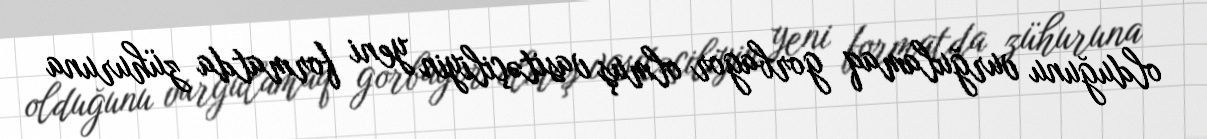
olduğunu vurğulamaq gorbagor olmuş vasitəçiliyin yeni formatda zühuruna